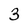
Character: 3